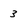
Character: 3